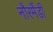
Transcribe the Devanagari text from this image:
नौरमैंडी